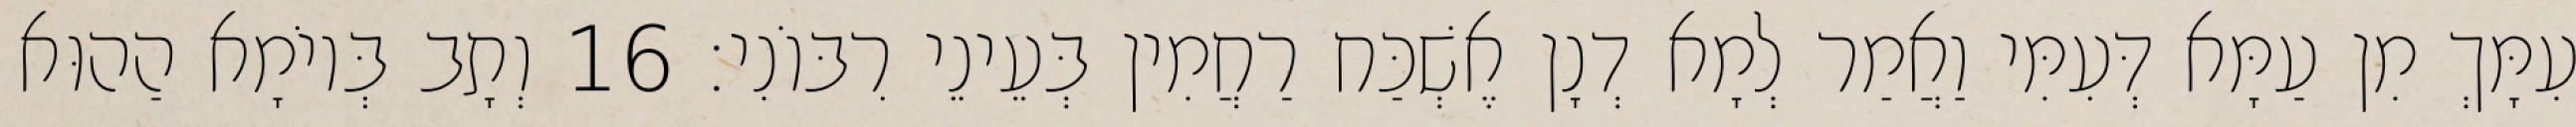
עִמָּךְ מִן עַמָּא דְּעִמִּי וַאֲמַר לְמָא דְנָן אֶשְׁכַּח רַחֲמִין בְּעֵינֵי רִבּוֹנִי׃ 16 וְתָב בְּיוֹמָא הַהוּא